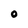
Character: O